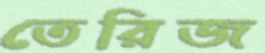
তেরিজ